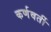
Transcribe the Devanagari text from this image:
कर्णवर्ती